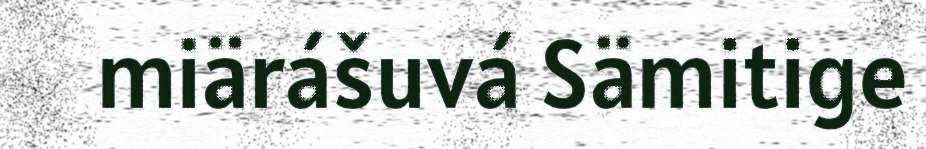
miärášuvá Sämitige